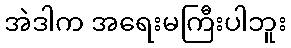
အဲဒါက အရေးမကြီးပါဘူး